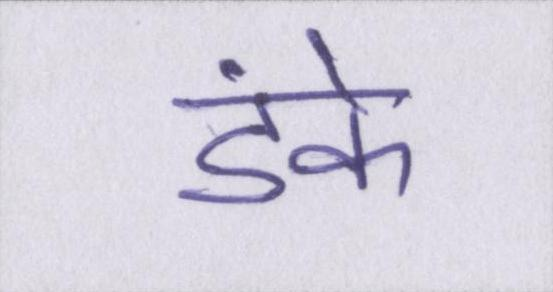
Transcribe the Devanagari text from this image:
डंके